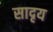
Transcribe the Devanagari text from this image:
सादृय